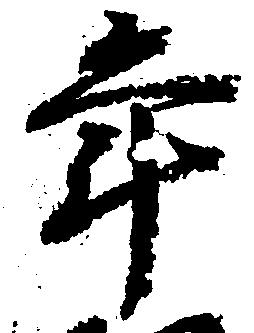
年